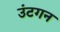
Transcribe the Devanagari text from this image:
उंटगन